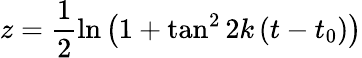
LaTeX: z=\frac{1}{2}\ln\left(1+\tan^{2}2k\left(t-t_{0}\right)\right)